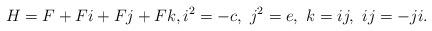
LaTeX: \begin{align*}H = F + F i + F j + Fk, i^2 = -c,\ j^2 = e,\ k =ij,\ ij = -ji. \end{align*}